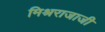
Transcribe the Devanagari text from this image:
मिश्रराजाजी